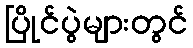
ပြိုင်ပွဲများတွင်